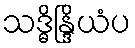
သဒ္ဓိန္ဒြိယံပ